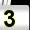
Digit: 3